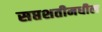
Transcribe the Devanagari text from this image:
सप्तशतीमधील